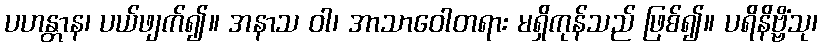
ပဟန္တာန၊ ပယ်ဖျက်၍။ အနာသ ဝါ၊ အာသာဝေါတရား မရှိကုန်သည် ဖြစ်၍။ ပရိနိဗ္ဗိံသု၊